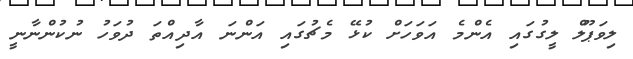
ލިވަޕޫލް ލީގުގައި އެންމެ އަވަހަށް ކުޅޭ މެޗުގައި އަންނަ އާދިއްތަ ދުވަހު ނުކުންނާނީ